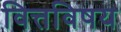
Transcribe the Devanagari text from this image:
वित्तविषय